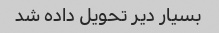
بسیار دیر تحویل داده شد